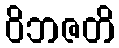
ဝိဘဇတိ